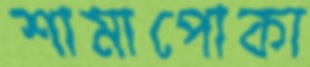
শামাপোকা